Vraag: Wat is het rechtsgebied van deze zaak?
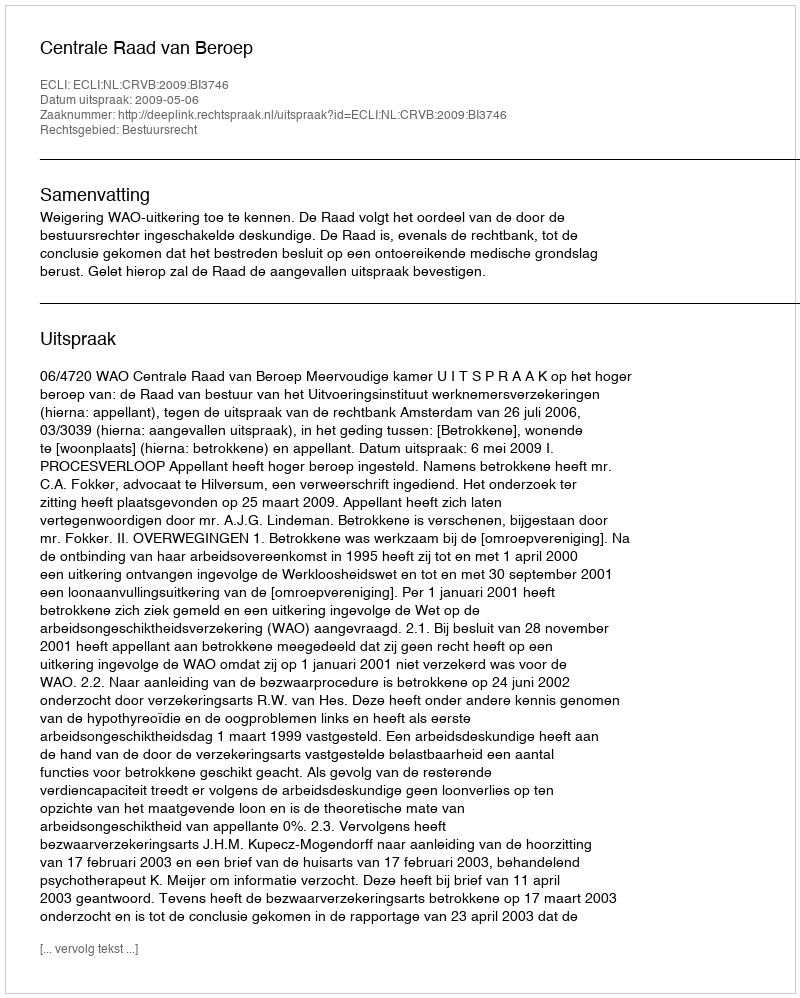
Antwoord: Bestuursrecht